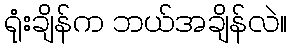
ရုံးချိန်က ဘယ်အချိန်လဲ။